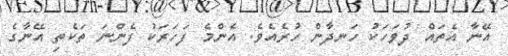
އޭނާ އެތައް ދުވަހަކު ހަނދާން ހުރެއެވެ. އެންމެ ފަހަރަކު ފެންނަ ތަކެތި އޭނާގެ